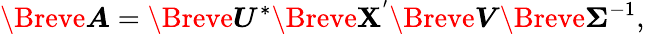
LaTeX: \Breve{\boldsymbol{A}}=\Breve{\boldsymbol{U}^{*}}\Breve{\boldsymbol{\mathbf{X}}^{'}}\Breve{\boldsymbol{V}}\Breve{\boldsymbol{\Sigma}}^{-1},